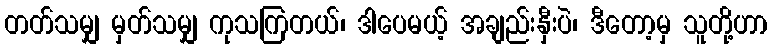
တတ်သမျှ မှတ်သမျှ ကုသကြတယ်၊ ဒါပေမယ့် အချည်းနှီးပဲ၊ ဒီတော့မှ သူတို့ဟာ